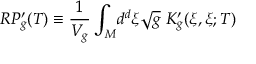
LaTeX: R P _ { g } ^ { \prime } ( T ) \equiv \frac { 1 } { V _ { g } } \int _ { M } \! d ^ { d } \xi \sqrt { g } \ K _ { g } ^ { \prime } ( \xi , \xi ; T )